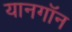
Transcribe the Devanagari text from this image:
यानगॉन